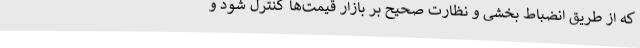
که از طریق انضباط بخشی و نظارت صحیح بر بازار قیمت‌ها کنترل شود و